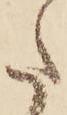
た